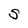
Character: S